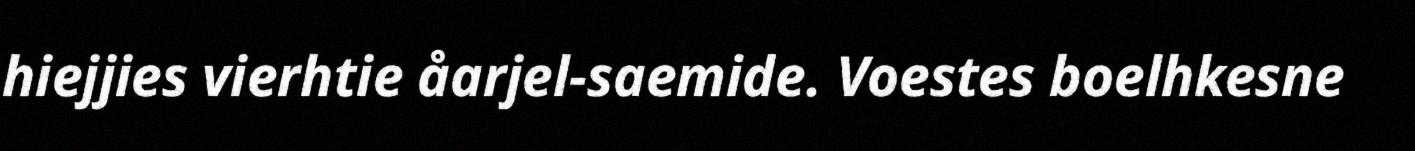
hiejjies vierhtie åarjel-saemide. Voestes boelhkesne